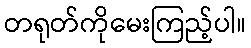
တရုတ်ကိုမေးကြည့်ပါ။